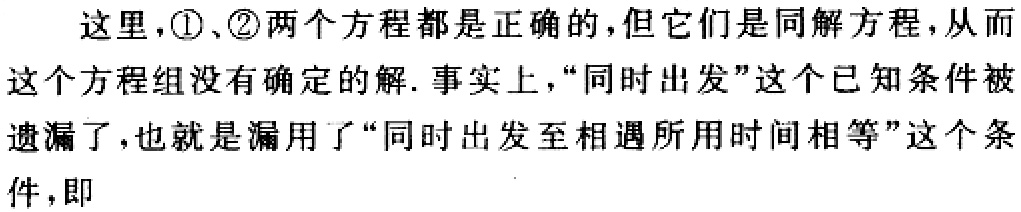
这里，\textcircled{1}、\textcircled{2}两个方程都是正确的，但它们是同解方程，从而这个方程组没有确定的解. 事实上，“同时出发”这个已知条件被遗漏了，也就是漏用了“同时出发至相遇所用时间相等”这个条件，即